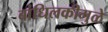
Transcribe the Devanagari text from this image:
बांधिलकीमुळे